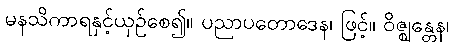
မနသိကာရနှင့်ယှဉ်စေ၍။ ပညာပတောဒေန၊ ဖြင့်။ ဝိဇ္ဈန္တေန၊